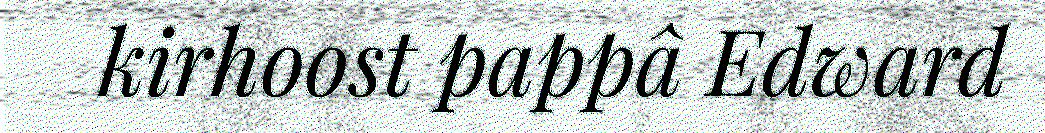
kirhoost pappâ Edward